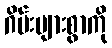
ဂိမ်းများစွာကို